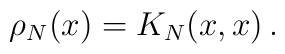
\rho_N(x) = K_N(x,x)\, .